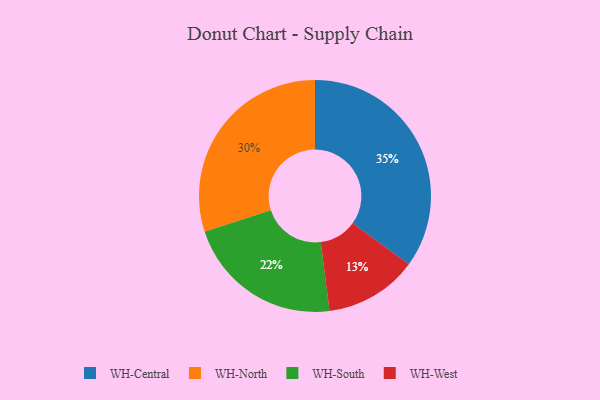
{"axis": {"x": "Category", "y": "Percentage"}, "legend": ["WH-Central", "WH-North", "WH-South", "WH-West"], "data": [{"x": "WH-North", "y": 30, "type": "WH-North"}, {"x": "WH-South", "y": 22, "type": "WH-South"}, {"x": "WH-West", "y": 13, "type": "WH-West"}, {"x": "WH-Central", "y": 35, "type": "WH-Central"}]}